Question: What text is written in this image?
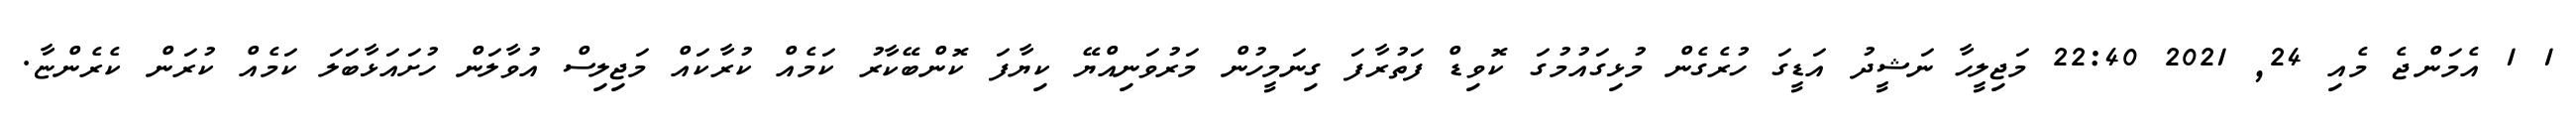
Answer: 1 1 އެމަންޖެ މެއި 24, 2021 22:40 މަޖިލީހާ ނަޝީދު އަޑީގަ ހުރެގެން މުޅިގައުމުގަ ކޮވިޑް ފަތުރާފަ ގިނަމީހުން މަރުވަނިއްޔޭ ކިޔާފަ ކޮންބޭކާރު ކަމެއް ކުރާކައް މަޖިލިސް އުވާލަން ހުށައަޅާބަލަ ކަމެއް ކުރަން ކެރެންޏާ.